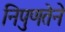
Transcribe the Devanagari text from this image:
निपुणतेने